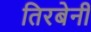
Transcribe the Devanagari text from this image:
तिरबेनी